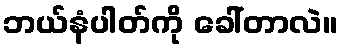
ဘယ်နံပါတ်ကို ခေါ်တာလဲ။